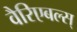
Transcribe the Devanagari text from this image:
वैरिएबल्स्